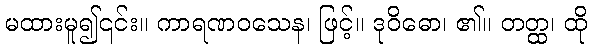
မထားမူ၍၎င်း။ ကာရဏဝသေန၊ ဖြင့်။ ဒုဝိဓော၊ ၏။ တတ္ထ၊ ထို